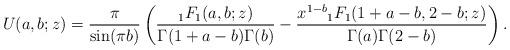
LaTeX: \begin{align*}U(a,b;z)=\frac{\pi}{\sin(\pi b)}\left(\frac{{}_{1}F_{1}(a,b;z)}{\Gamma(1+a-b)\Gamma(b)}-\frac{x^{1-b}{}_{1}F_{1}(1+a-b,2-b;z)}{\Gamma(a)\Gamma(2-b)}\right).\end{align*}